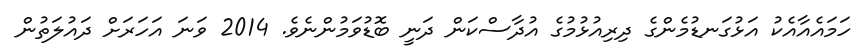
ހަމައެއާއެކު އަޅުގަނޑުމެންގެ ދިރިއުޅުމުގެ އުދާސްކަން ދަނީ ބޮޑުވަމުންނެވެ. 2014 ވަނަ އަހަރަށް ދައުލަތުން